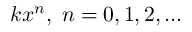
k x ^ { n } , \; n = 0 , 1 , 2 , \ldots